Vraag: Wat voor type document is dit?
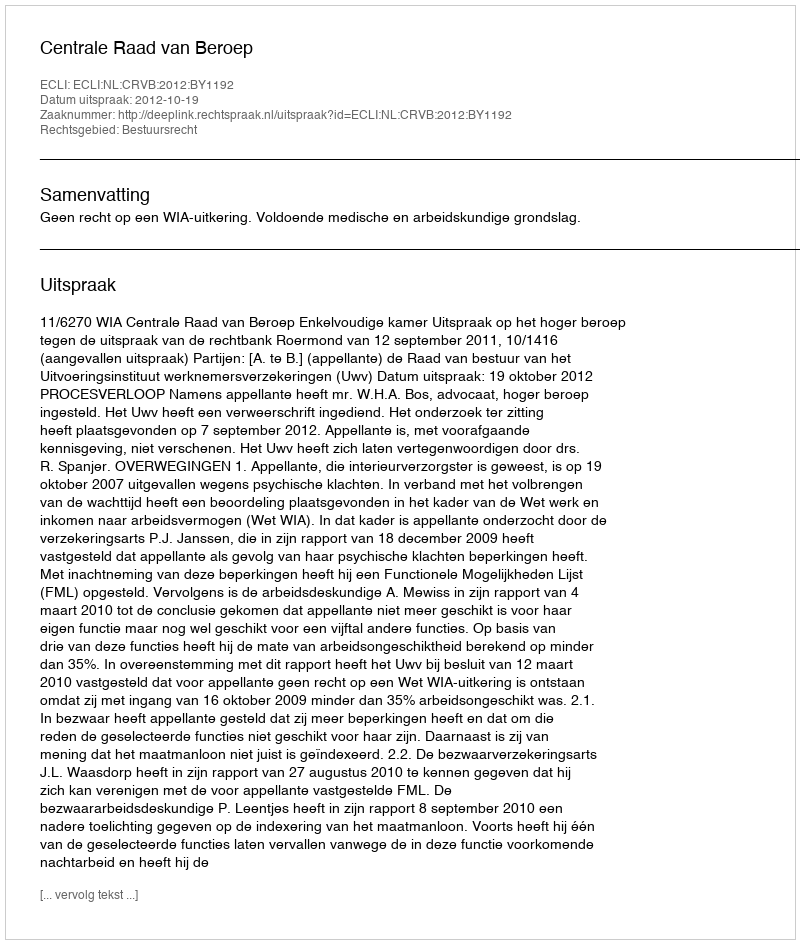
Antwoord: Uitspraak